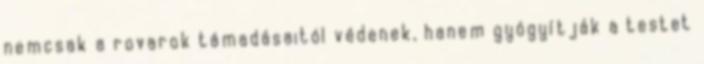
nemcsak a rovarok támadásaitól védenek, hanem gyógyítják a testet